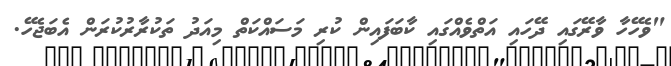
"ވެހޭހާ ވާރޭގައި ދޭހައި އަތްވެއްގައި ކާބަފައިން ކުރި މަސައްކަތް މިއަދު ތަކުރާރުކުރަން އެބަޖެހޭ.